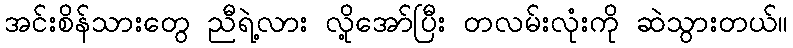
အင်းစိန်သားတွေ ညီရဲ့လား လို့အော်ပြီး တလမ်းလုံးကို ဆဲသွားတယ်။